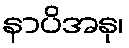
နာပိအနု၊